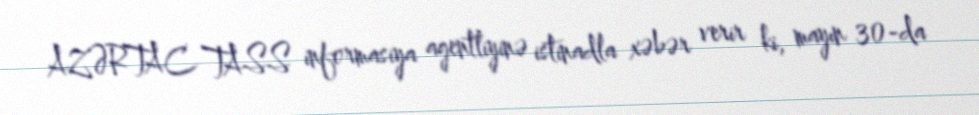
AZƏRTAC TASS informasiya agentliyinə istinadla xəbər verir ki, mayın 30-da